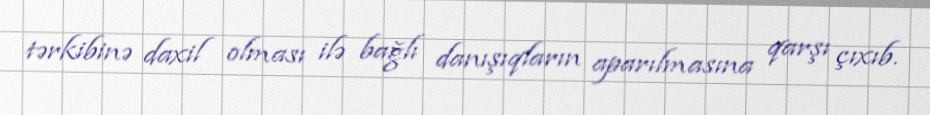
tərkibinə daxil olması ilə bağlı danışıqların aparılmasına qarşı çıxıb.